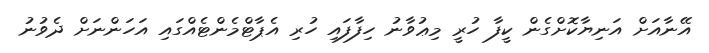
އޭނާއަށް އަނިޔާކޮށްގެން ކީފާ ހުރީ މިޢުވާނު ހިފާފައި ހުރި އެޕާޓްމެންޓެއްގައި އަހަންނަށް ދެވުނު